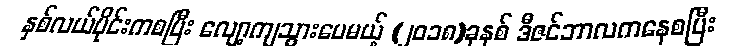
နှစ်လယ်ပိုင်းကစပြီး လျော့ကျသွားပေမယ့် (၂၀၁၈)ခုနှစ် ဒီဇင်ဘာလကနေစပြီး